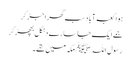
ہوا کعبہ آباد سب گھر اجڑ کر
جمے ایک جاسارے دنگل بچھڑ کر
رسول اللہﷺ مکہ میں تھے۔